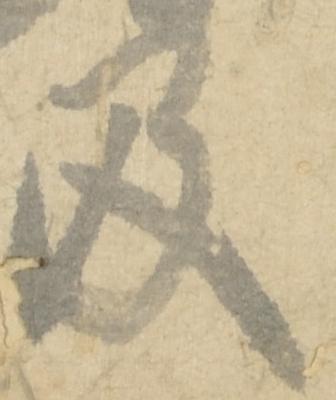
及